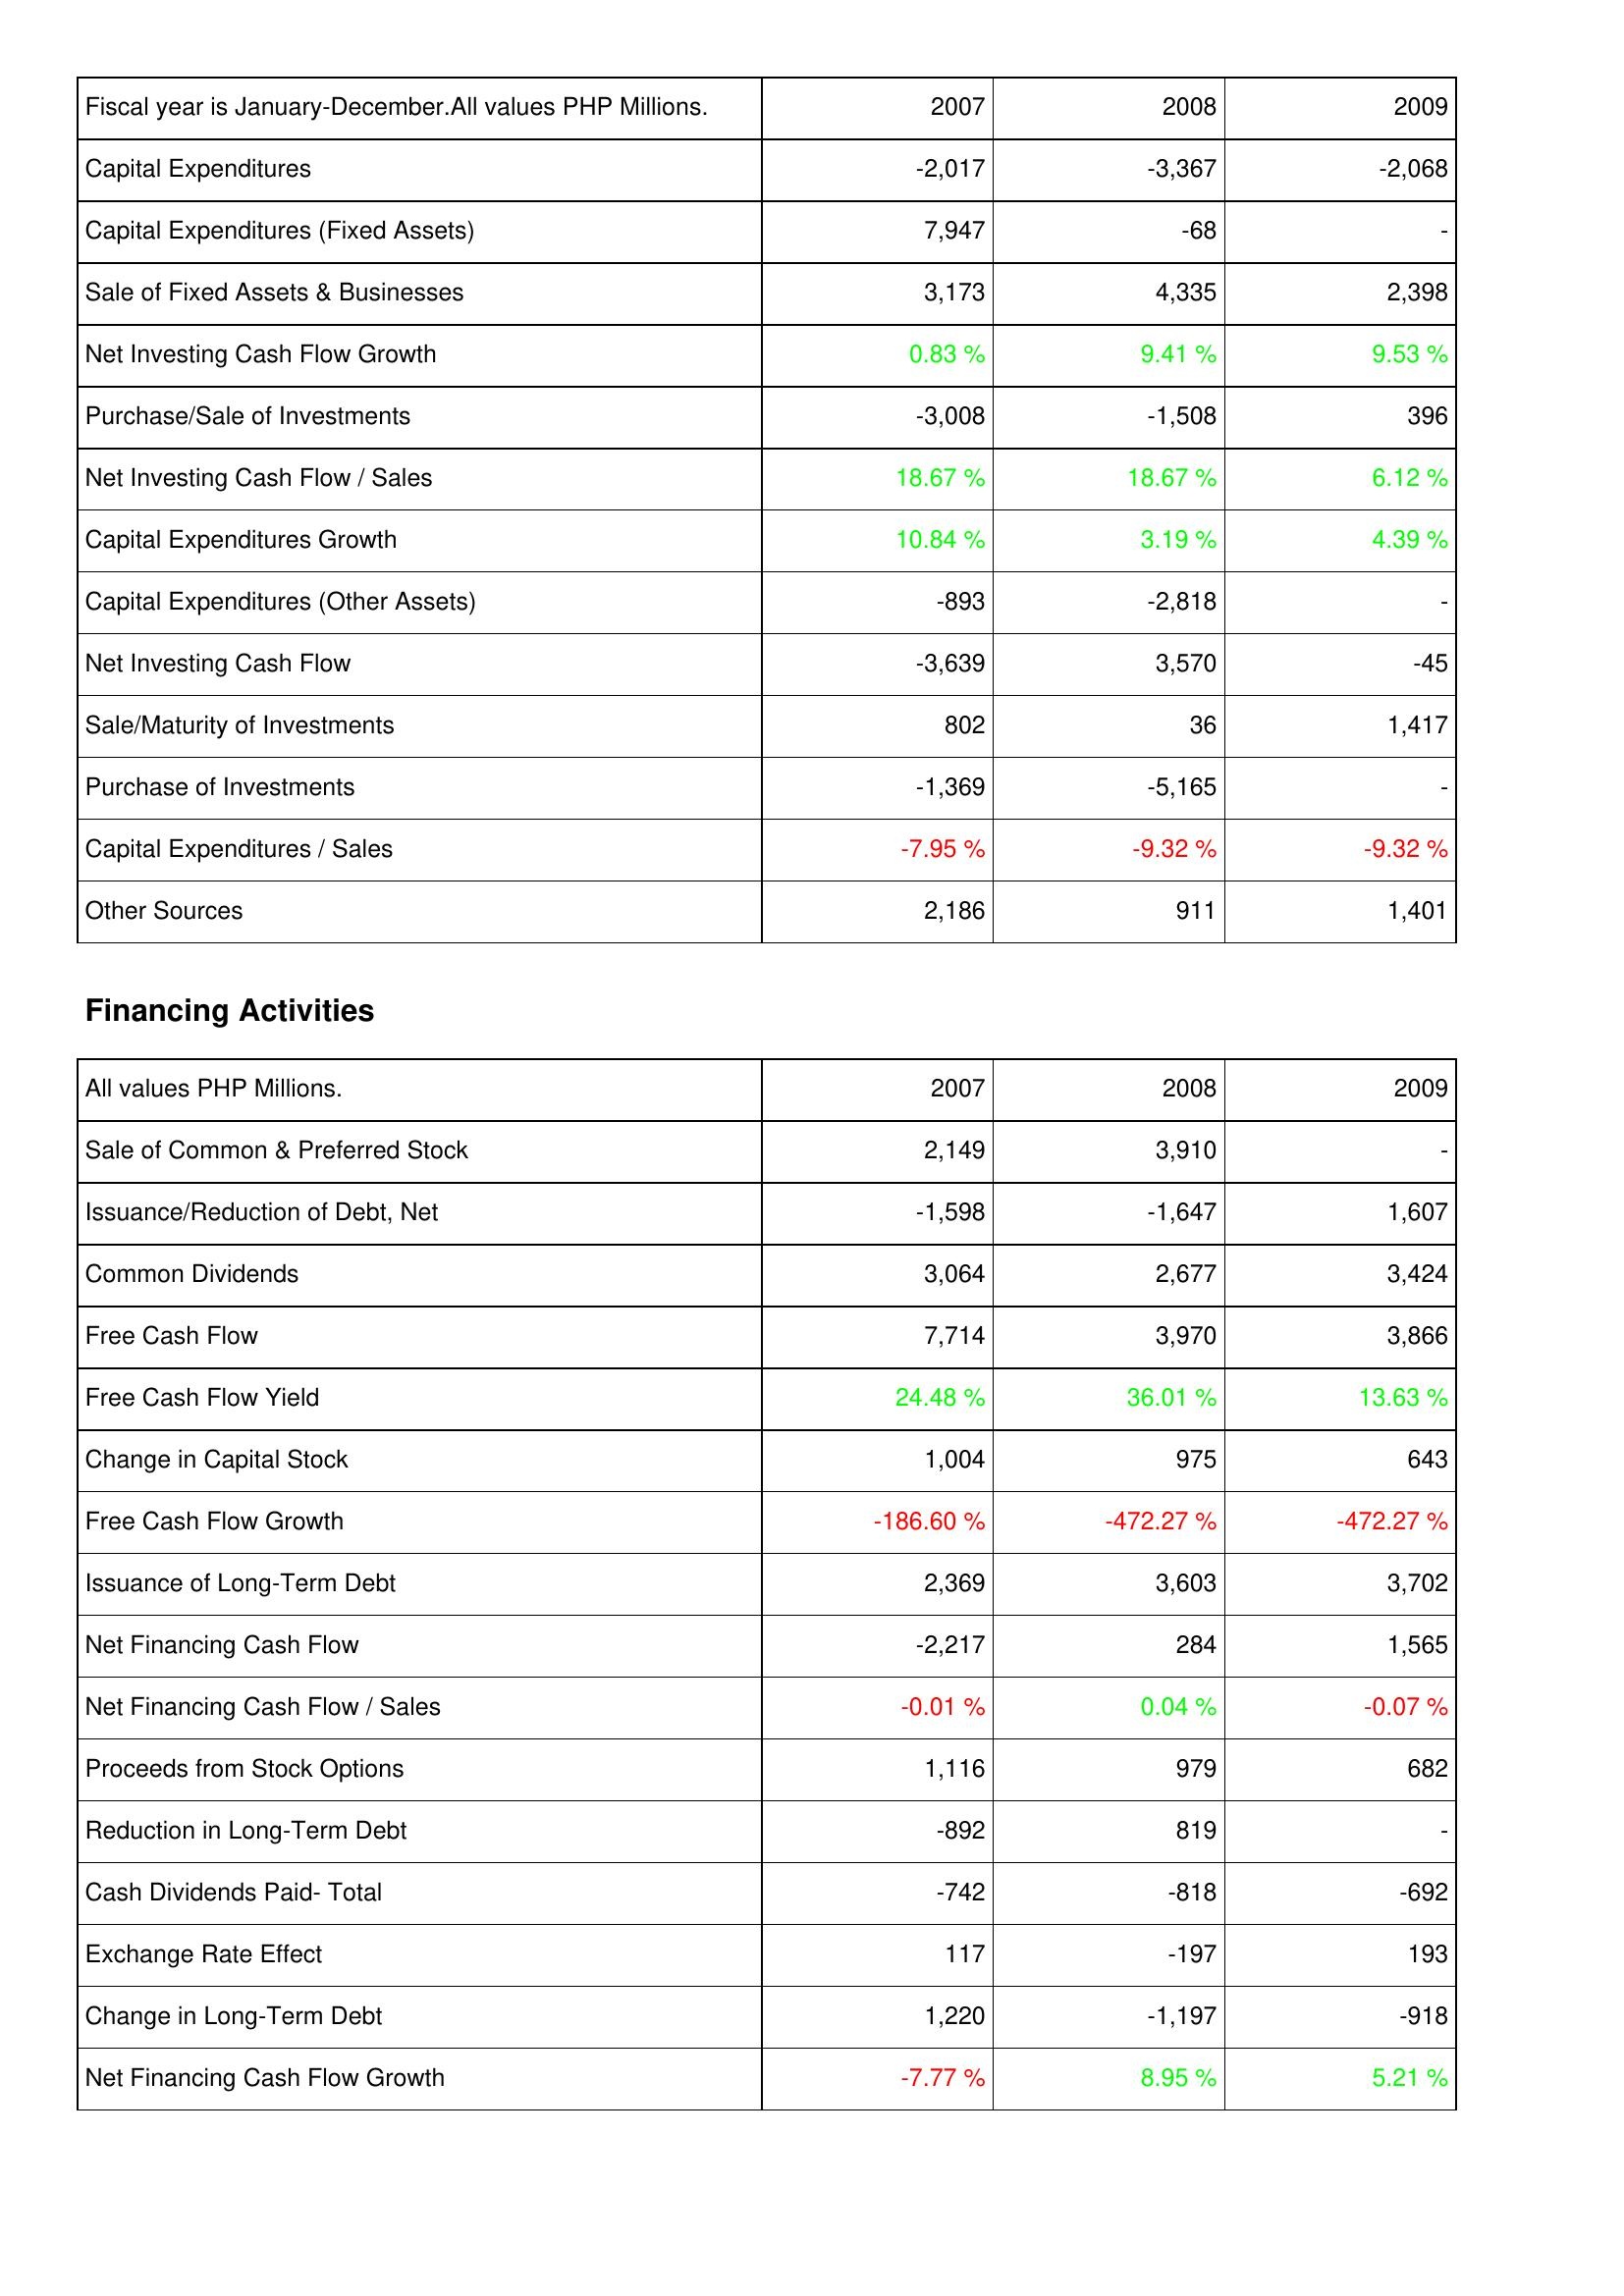
2007: Investing Activities: Capital Expenditures: -2,017
Capital Expenditures (Fixed Assets): 7,947
Sale of Fixed Assets & Businesses: 3,173
Net Investing Cash Flow Growth: 0.83 %
Purchase/Sale of Investments: -3,008
Net Investing Cash Flow / Sales: 18.67 %
Capital Expenditures Growth: 10.84 %
Capital Expenditures (Other Assets): -893
Net Investing Cash Flow: -3,639
Sale/Maturity of Investments: 802
Purchase of Investments: -1,369
Capital Expenditures / Sales: -7.95 %
Other Sources: 2,186
Financing Activities: Sale of Common & Preferred Stock: 2,149
Issuance/Reduction of Debt, Net: -1,598
Common Dividends: 3,064
Free Cash Flow: 7,714
Free Cash Flow Yield: 24.48 %
Change in Capital Stock: 1,004
Free Cash Flow Growth: -186.60 %
Issuance of Long-Term Debt: 2,369
Net Financing Cash Flow: -2,217
Net Financing Cash Flow / Sales: -0.01 %
Proceeds from Stock Options: 1,116
Reduction in Long-Term Debt: -892
Cash Dividends Paid- Total: -742
Exchange Rate Effect: 117
Change in Long-Term Debt: 1,220
Net Financing Cash Flow Growth: -7.77 %
2008: Investing Activities: Capital Expenditures: -3,367
Capital Expenditures (Fixed Assets): -68
Sale of Fixed Assets & Businesses: 4,335
Net Investing Cash Flow Growth: 9.41 %
Purchase/Sale of Investments: -1,508
Net Investing Cash Flow / Sales: 18.67 %
Capital Expenditures Growth: 3.19 %
Capital Expenditures (Other Assets): -2,818
Net Investing Cash Flow: 3,570
Sale/Maturity of Investments: 36
Purchase of Investments: -5,165
Capital Expenditures / Sales: -9.32 %
Other Sources: 911
Financing Activities: Sale of Common & Preferred Stock: 3,910
Issuance/Reduction of Debt, Net: -1,647
Common Dividends: 2,677
Free Cash Flow: 3,970
Free Cash Flow Yield: 36.01 %
Change in Capital Stock: 975
Free Cash Flow Growth: -472.27 %
Issuance of Long-Term Debt: 3,603
Net Financing Cash Flow: 284
Net Financing Cash Flow / Sales: 0.04 %
Proceeds from Stock Options: 979
Reduction in Long-Term Debt: 819
Cash Dividends Paid- Total: -818
Exchange Rate Effect: -197
Change in Long-Term Debt: -1,197
Net Financing Cash Flow Growth: 8.95 %
2009: Investing Activities: Capital Expenditures: -2,068
Capital Expenditures (Fixed Assets): -
Sale of Fixed Assets & Businesses: 2,398
Net Investing Cash Flow Growth: 9.53 %
Purchase/Sale of Investments: 396
Net Investing Cash Flow / Sales: 6.12 %
Capital Expenditures Growth: 4.39 %
Capital Expenditures (Other Assets): -
Net Investing Cash Flow: -45
Sale/Maturity of Investments: 1,417
Purchase of Investments: -
Capital Expenditures / Sales: -9.32 %
Other Sources: 1,401
Financing Activities: Sale of Common & Preferred Stock: -
Issuance/Reduction of Debt, Net: 1,607
Common Dividends: 3,424
Free Cash Flow: 3,866
Free Cash Flow Yield: 13.63 %
Change in Capital Stock: 643
Free Cash Flow Growth: -472.27 %
Issuance of Long-Term Debt: 3,702
Net Financing Cash Flow: 1,565
Net Financing Cash Flow / Sales: -0.07 %
Proceeds from Stock Options: 682
Reduction in Long-Term Debt: -
Cash Dividends Paid- Total: -692
Exchange Rate Effect: 193
Change in Long-Term Debt: -918
Net Financing Cash Flow Growth: 5.21 %